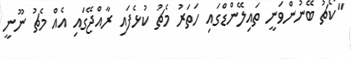
"ކޯޗު ބޭނުންވަނީ ތައިލޭންޑްގައި ހަތަރު މެޗު ކުޅެފައި ރާއްޖޭގައި އެއް މެޗު ނޫނީ